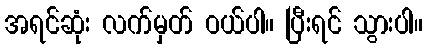
အရင်ဆုံး လက်မှတ် ဝယ်ပါ။ ပြီးရင် သွားပါ။